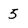
Character: 5